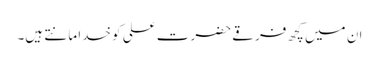
ان میں کچھ فرقے حضرت علی کو خدا مانتے ہیں۔